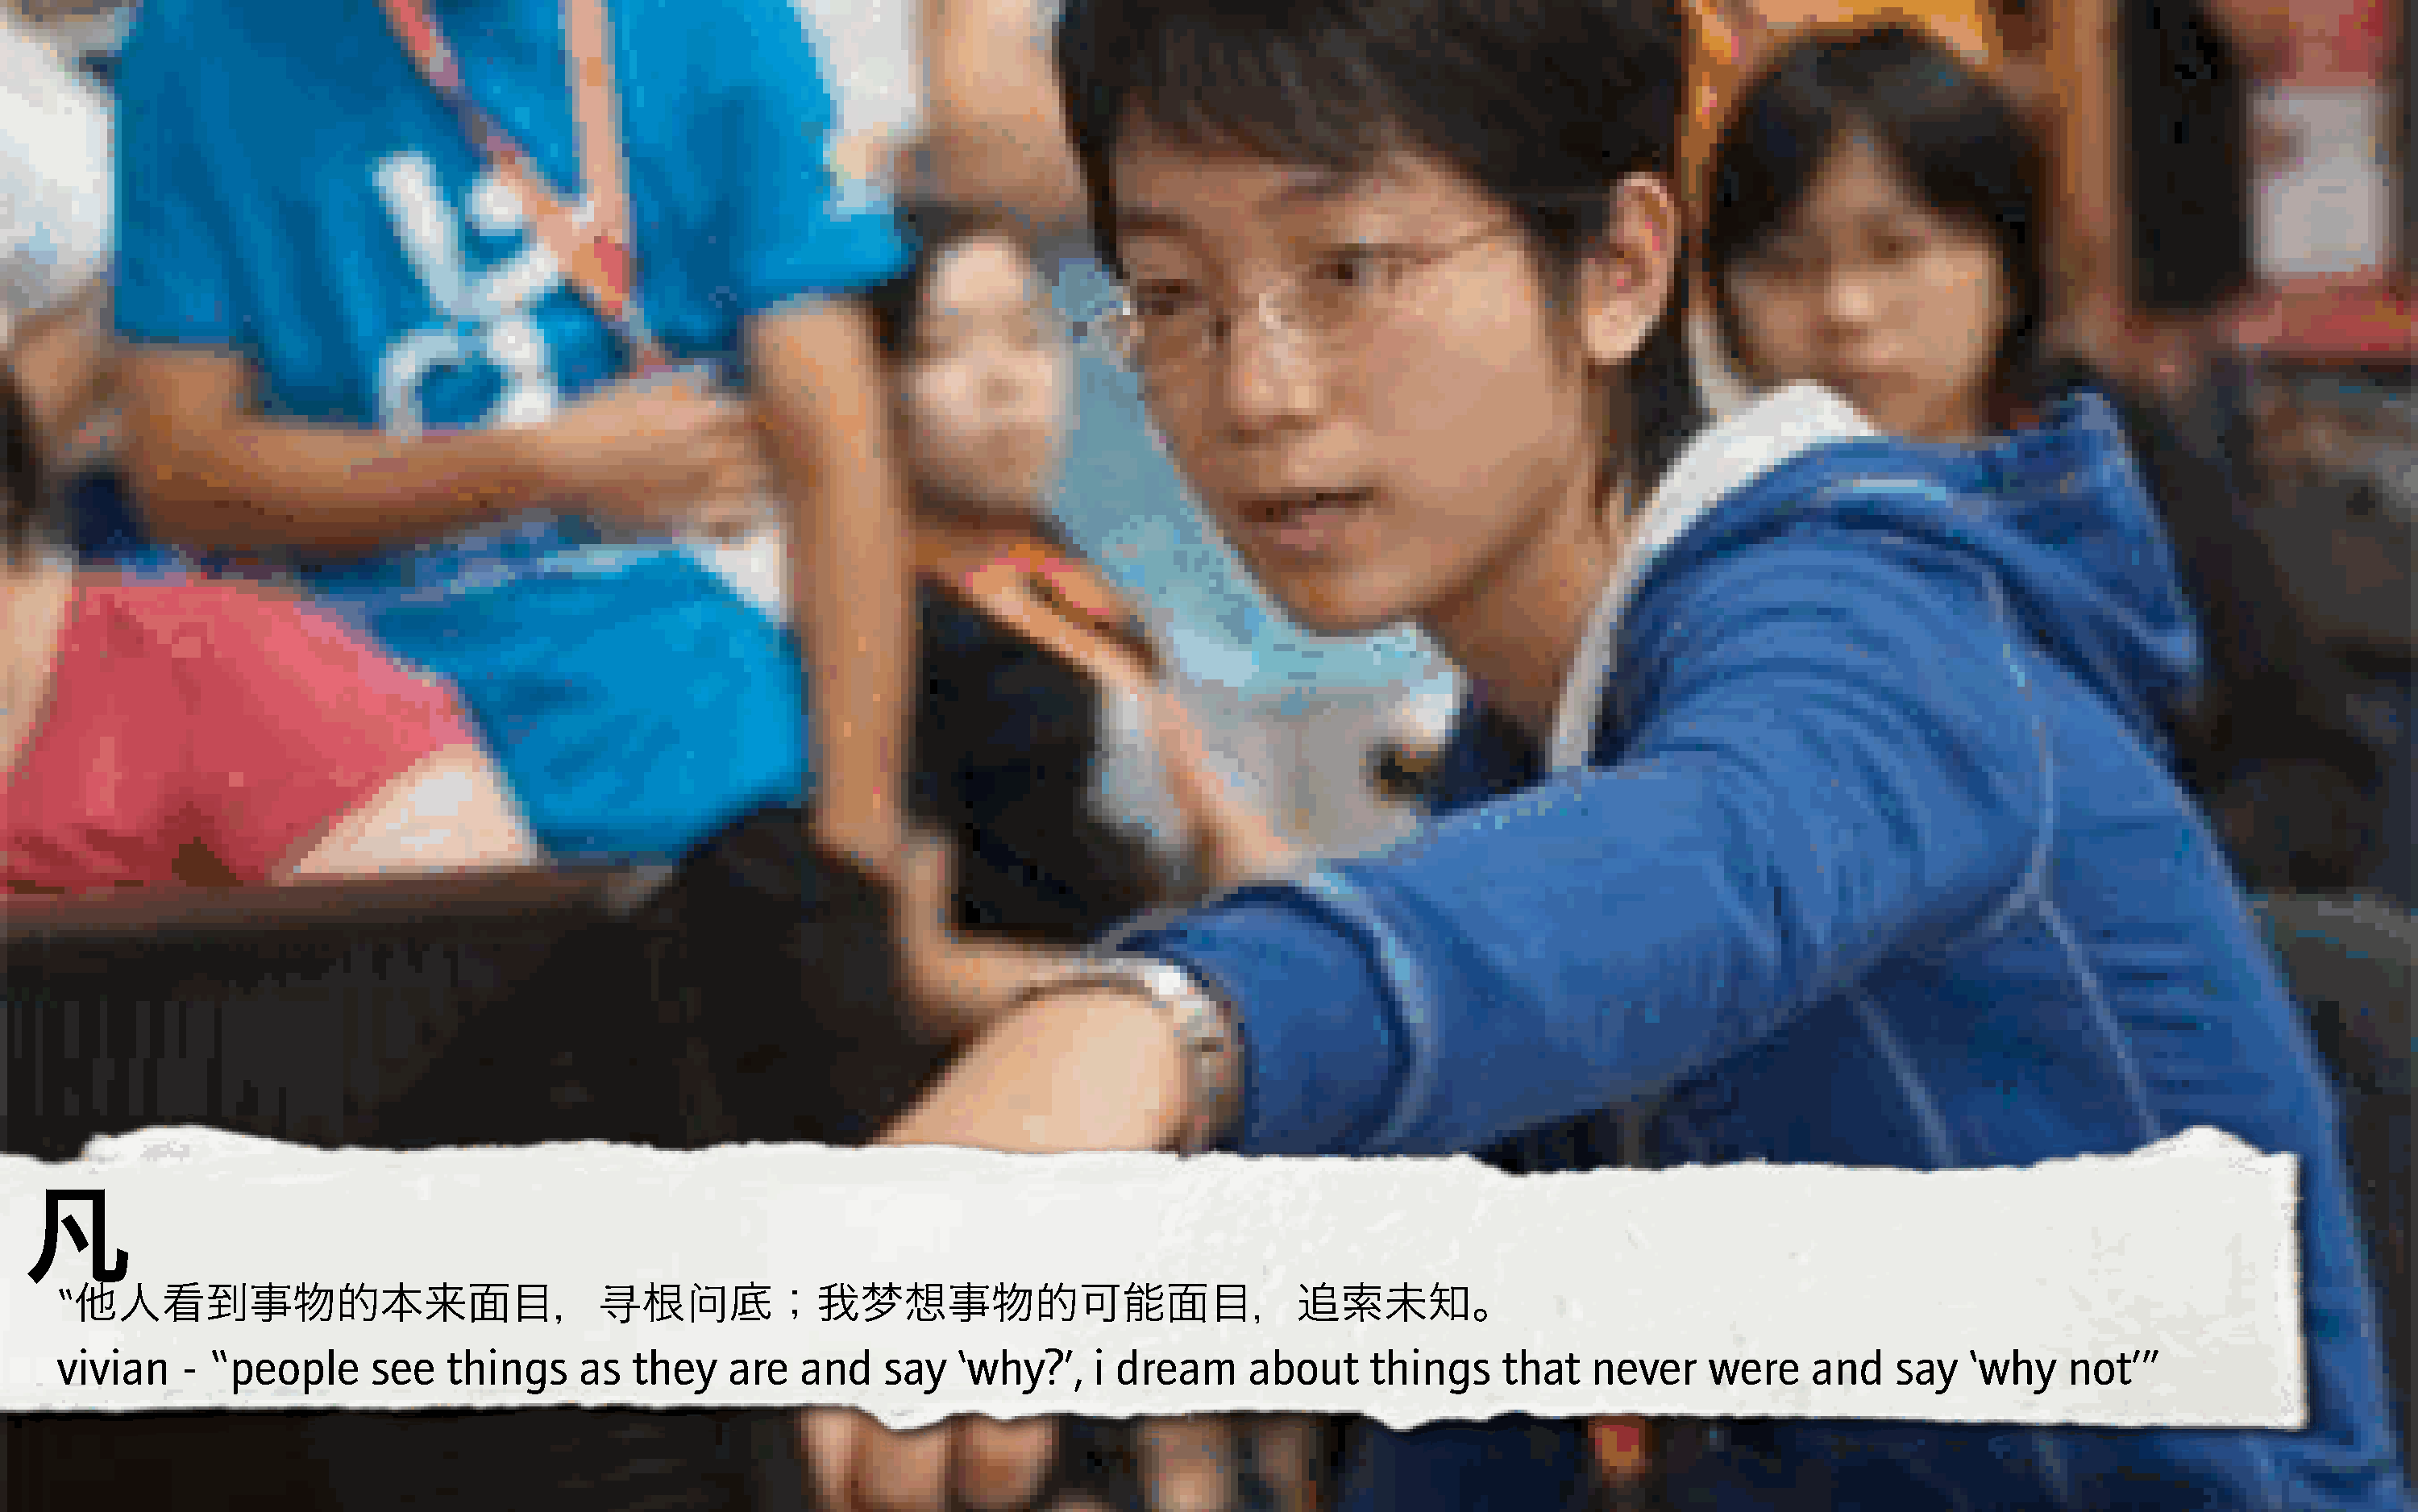
凡
 “                                           U      V
 他人看到事物的本来面目，                                   根      底；我梦想事物的可能面目，追索未知。
 vivian    - “people      see    things     as  they    are   and    say   ‘why?’,    i dream      about     things    that    never    were     and    say   ‘why    not’”